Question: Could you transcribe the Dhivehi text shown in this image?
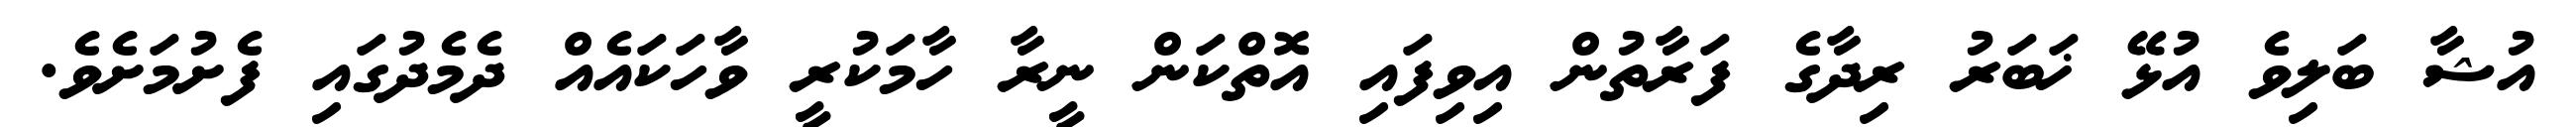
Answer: އުޝާ ބަލިވެ އުޅޭ ޚަބަރު ރިދާގެ ފަރާތުން އިވިފައި އޮތްކަން ނީރާ ހާމަކުރީ ވާހަކައެއް ދެމެދުގައި ފެށުމަށެވެ.